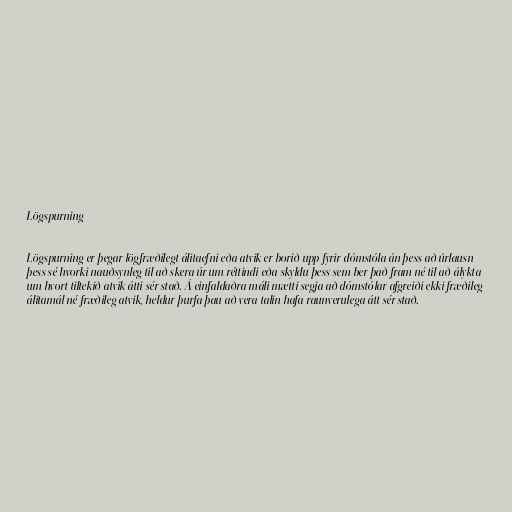
Lögspurning

Lögspurning er þegar lögfræðilegt álitaefni eða atvik er borið upp fyrir dómstóla án þess að úrlausn
þess sé hvorki nauðsynleg til að skera úr um réttindi eða skyldu þess sem ber það fram né til að álykta
um hvort tiltekið atvik átti sér stað. Á einfaldaðra máli mætti segja að dómstólar afgreiði ekki fræðileg
álitamál né fræðileg atvik, heldur þurfa þau að vera talin hafa raunverulega átt sér stað.